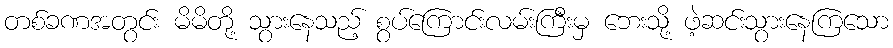
တစ်ခဏအတွင်း မိမိတို့ သွားနေသည့် စွပ်ကြောင်းလမ်းကြီးမှ ဘေးသို့ ဖဲ့ဆင်းသွားနေကြသော